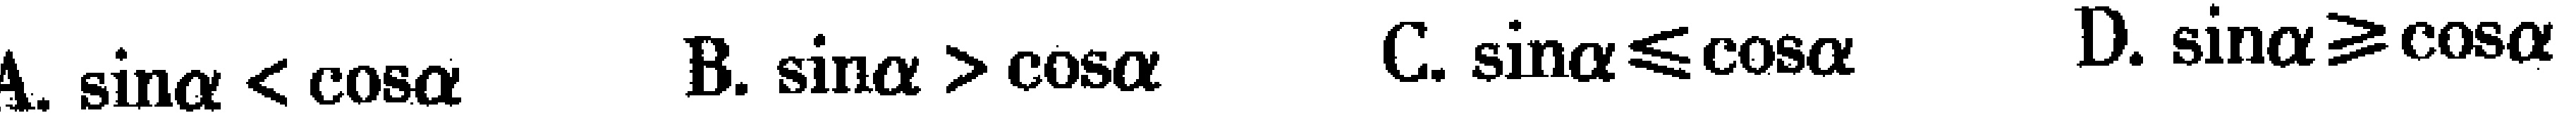
A. \(\sin\alpha < \cos\alpha\)  B. \(\sin\alpha > \cos\alpha\)  C. \(\sin\alpha\leqslant\cos\alpha\)  D. \(\sin\alpha\geqslant\cos\alpha\)